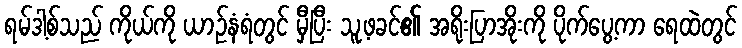
ရမ်ဒါ့စ်သည် ကိုယ်ကို ယာဉ်နံရံတွင် မှီပြီး သူ့ဖခင်၏ အရိုးပြာအိုးကို ပိုက်ပွေ့ကာ ရေထဲတွင်